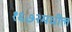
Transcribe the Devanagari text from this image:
१६७२मधील